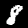
Digit: 8